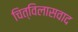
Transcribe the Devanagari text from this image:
चित्विलासवाद